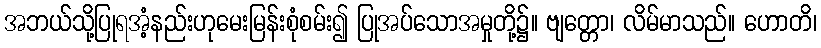
အဘယ်သို့ပြုရအံ့နည်းဟုမေးမြန်းစုံစမ်း၍ ပြုအပ်သောအမှုတို့၌။ ဗျတ္တော၊ လိမ်မာသည်။ ဟောတိ၊